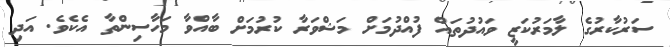
ސަރުކާރުގެ ލާމަރުކަޒީ ވައުދުތައް ފުއްދުމަށް މަޝްވަރާ ކުރުމަށް ބާއްވާ މަހާސިންތާ އެކެވެ. އަދި